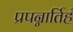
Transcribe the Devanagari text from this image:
प्रपन्नार्तिहं